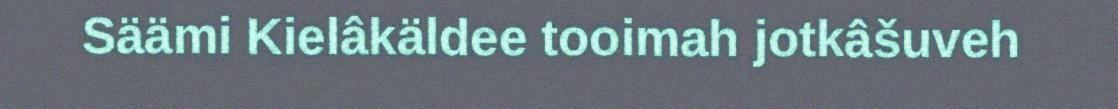
Säämi Kielâkäldee tooimah jotkâšuveh